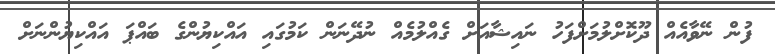
ފުން ނޭވާއެއް ދޫކޮށްލުމަށްފަހު ނައިޝާއަށް ގެއްލުމެއް ނުދޭނަން ކަމުގައި އައްކިޔުންގެ ބައްޕަ އައްކިޔުންނަށް